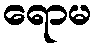
ရောမ